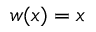
w ( x ) = x